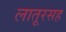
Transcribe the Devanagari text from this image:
लातूरसह